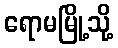
ရောမမြို့သို့